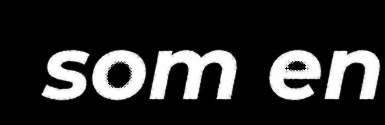
som en